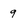
Character: 9